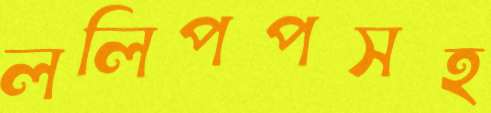
ললিপপসহ